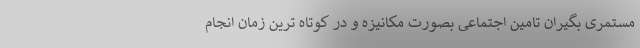
مستمری بگیران تامین اجتماعی بصورت مکانیزه و در کوتاه ترین زمان انجام